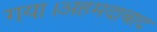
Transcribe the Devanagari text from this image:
गया।अहमदाबाद